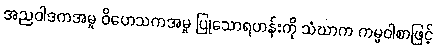
အညဝါဒကအမှု ဝိဟေသကအမှု ပြုသောရဟန်းကို သံဃာက ကမ္မဝါစာဖြင့်